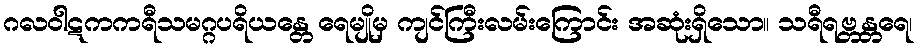
ဂလဝါဋကကရီသမဂ္ဂပရိယန္တေ ရေမျိုမှ ကျင်ကြီးလမ်းကြောင်း အဆုံးရှိသော။ သရီရဗ္တန္တရေ၊